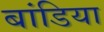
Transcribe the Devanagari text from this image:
बांडिया